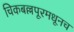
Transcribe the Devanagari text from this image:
चिकबल्लपूरमधूनच